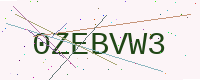
Text: 0ZEBVW3